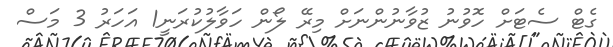
ގެޓް ސެޓަށް ހޮވުނު ޒުވާނުންނަށް މިރޭ ލޯން ހަވާލުކުރަނީ1 އަހަރު 3 މަސް